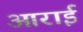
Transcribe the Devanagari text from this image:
आराई